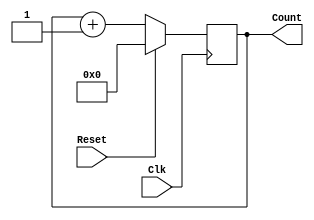
module Counter_N(
    input Clk,
    input Reset,
    output [3:0]Count
    );
    reg [3:0]Count;
    
    always@(posedge Clk)
    begin
    if(Reset==1'b1)
        Count = 0;
    else
    Count = Count + 1;
    end
endmodule